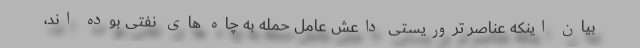
بیان اینکه عناصر تروریستی داعش عامل حمله به چاه های نفتی بوده اند،